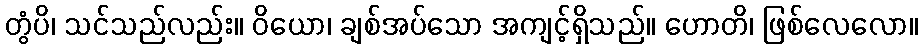
တွံပိ၊ သင်သည်လည်း။ ဝိယော၊ ချစ်အပ်သော အကျင့်ရှိသည်။ ဟောတိ၊ ဖြစ်လေလော။